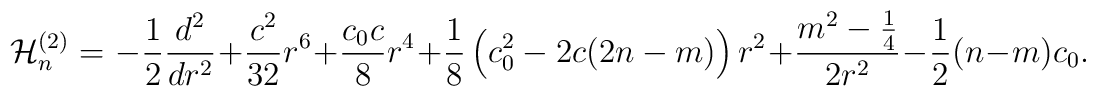
{\cal H}_n^{(2)}={}-\frac 12\frac{d^2}{dr^2} + \frac{c^2}{32}r^6 + \frac{c_0c}8r^4 + \frac 18\left(c_0^2-2c(2n - m)\right)r^2 + \frac{m^2-\frac 14}{2r^2} -\frac 12(n-m)c_0.